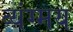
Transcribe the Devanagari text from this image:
व्यंग्मय